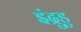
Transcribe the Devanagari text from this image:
इंद्रुडु